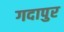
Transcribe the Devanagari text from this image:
गदापुर